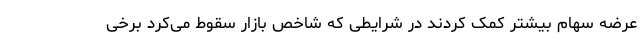
عرضه سهام بیشتر کمک کردند در شرایطی که شاخص بازار سقوط می‌کرد برخی